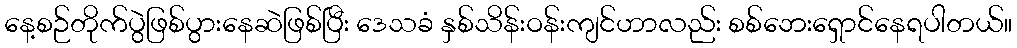
နေ့စဉ်တိုက်ပွဲဖြစ်ပွားနေဆဲဖြစ်ပြီး ဒေသခံ နှစ်သိန်းဝန်းကျင်ဟာလည်း စစ်ဘေးရှောင်နေရပါတယ်။